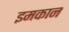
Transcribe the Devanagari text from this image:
इमकान